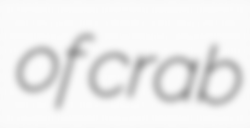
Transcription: of crab